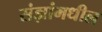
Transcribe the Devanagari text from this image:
संज्ञांमधील